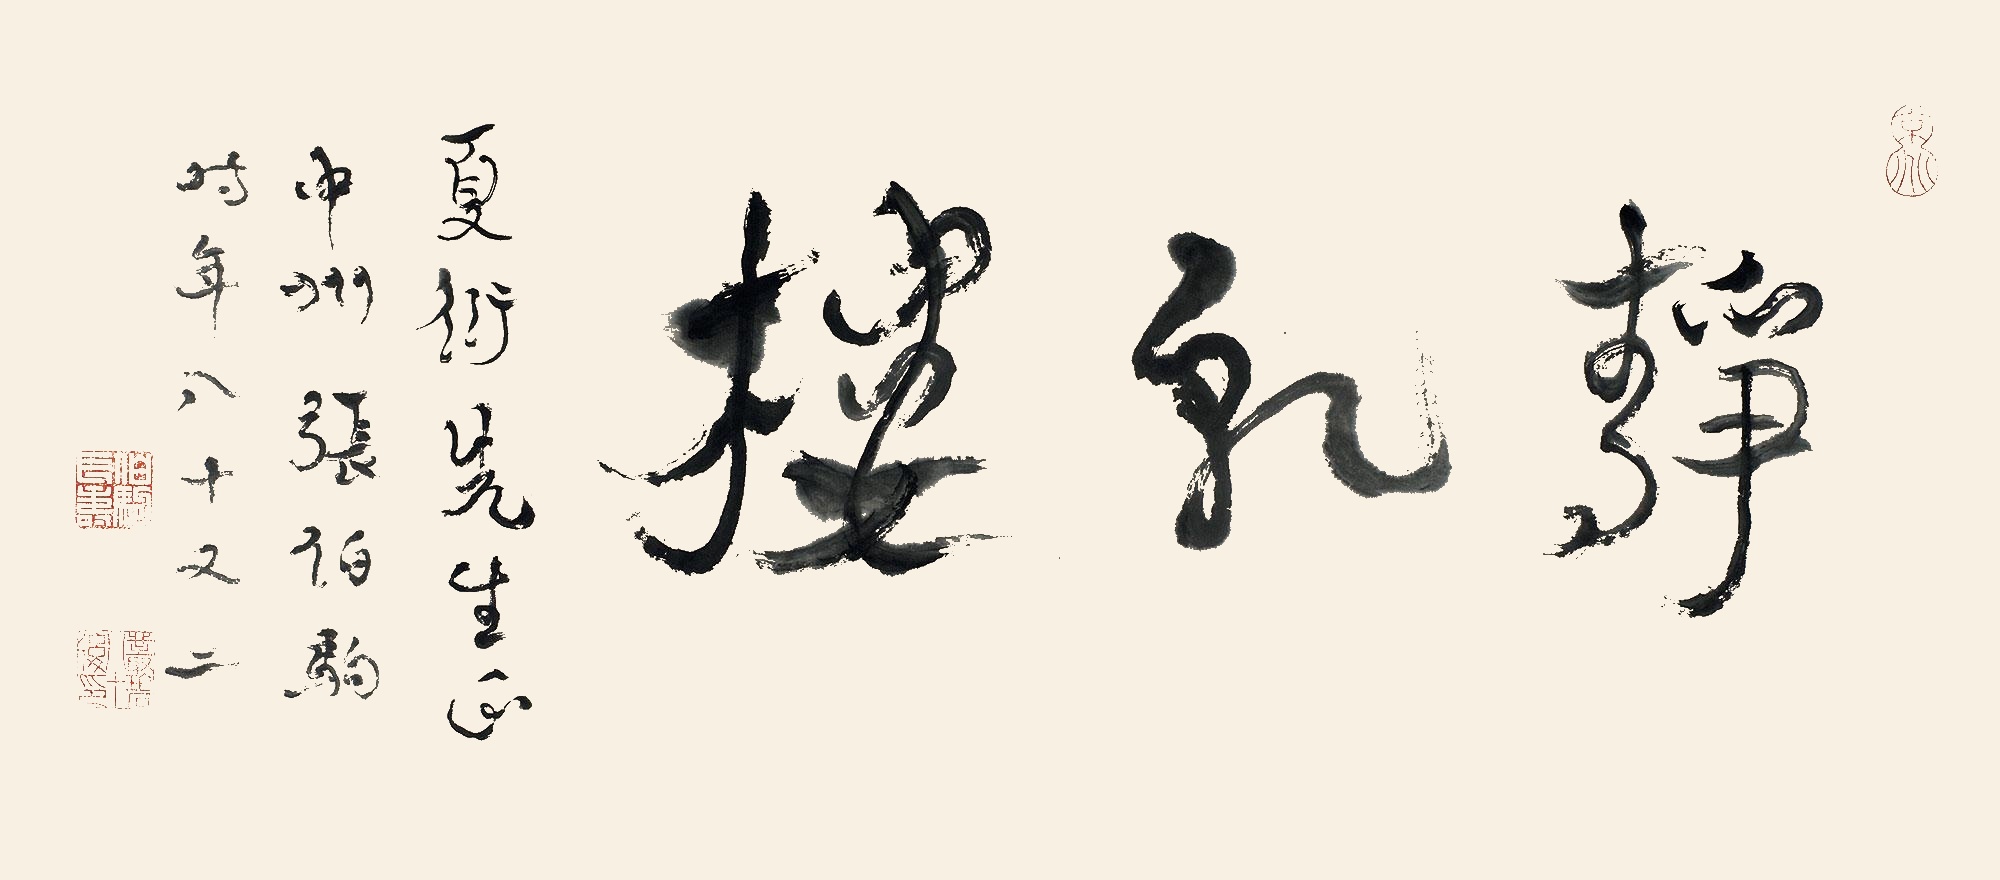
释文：静干楼夏衍先生正，中洲张伯驹时年八十又二。